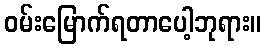
ဝမ်းမြောက်ရတာပေါ့ဘုရား။